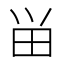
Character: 畄